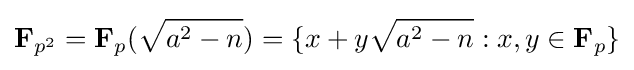
\mathbf {F} _{p^{2}}=\mathbf {F} _{p}({\sqrt {a^{2}-n}})=\{x+y{\sqrt {a^{2}-n}}:x,y\in \mathbf {F} _{p}\}